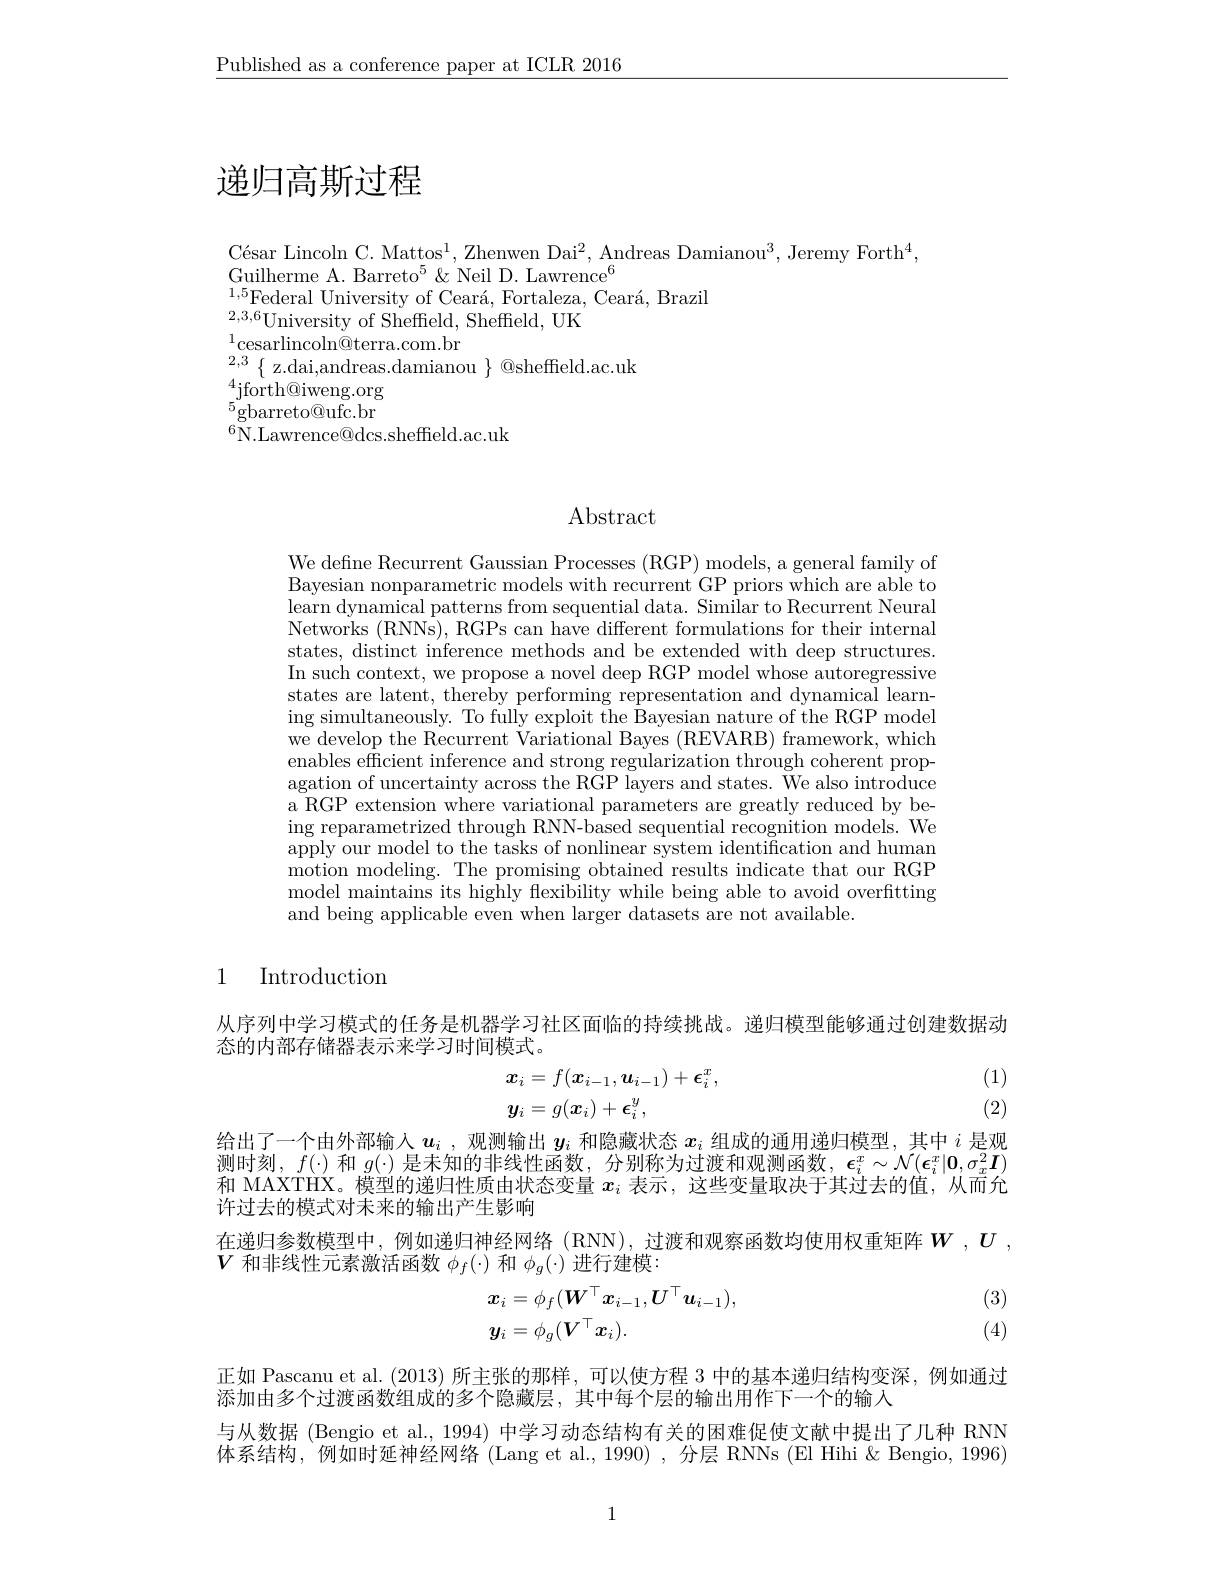
$\underline{\text{Published as a conference paper at ICLR 2016}}$

# 递归高斯过程

César Lincoln C. Mattos$^1$, Zhenwen Dai$^2$, Andreas Damianou$^3$,Jeremy Forth$^4$,
Guilherme A. Barreto$^5\&$ Neil D. Lawrence$^6$
$^{1,5}$Federal University of Ceará, Fortaleza, Ceará, Brazil
$\begin{array}{l}{{\mathrm{1~Cuci~an~Omversity~or~OCan~a,~r~or~on~on~on~on~on~on~on~on~on~on~ancza,}}}\\{{2,3,6}}\\{{\mathrm{University~of~Sheffield,~Sheffield,~UK}}}\\{{\mathrm{1.~r~an~}}}\end{array}$
$\begin{array}{l}{1\text{cesarlincoln@terra.com.br}}\\{2,3}&{\{\text{ z.dai,andreas.damianou}\}}&{\mathrm{@sheffield.ac.uk}}\\{4;\mathrm{fouth@iveas.damianou}}\end{array}$
$\operatorname*{lim}_{5}^{4}$jforth@iweng.org $^5$gbarreto@ufc.br $^{6}$N.Lawrence@dcs.sheffield.ac.uk

$\operatorname{Abstract}$

We define Recurrent Gaussian Processes (RGP) models, a general family of Bayesian nonparametric models with recurrent GP priors which are able to learn dynamical patterns from sequential data. Similar to Recurrent Neural Networks (RNNs), RGPs can have different formulations for their internal states, distinct inference methods and be extended with deep structures. In such context, we propose a novel deep RGP model whose autoregressive states are latent, thereby performing representation and dynamical learning simultaneously. To fully exploit the Bayesian nature of the RGP model we develop the Recurrent Variational Bayes (REVARB) framework, which enables efficient inference and strong regularization through coherent propagation of uncertainty across the RGP layers and states. We also introduce a RGP extension where variational parameters are greatly reduced by being reparametrized through RNN-based sequential recognition models. We apply our model to the tasks of nonlinear system identification and human motion modeling. The promising obtained results indicate that our RGP model maintains its highly flexibility while being able to avoid overfitting and being applicable even when larger datasets are not available.

1 Introduction

从序列中学习模式的任务是机器学习社区面临的持续挑战。递归模型能够通过创建数据动
态的内部存储器表示来学习时间模式。
$$\begin{aligned}&\boldsymbol{x}_{i}=f(\boldsymbol{x}_{i-1},\boldsymbol{u}_{i-1})+\boldsymbol{\epsilon}_{i}^{x},\\&\boldsymbol{y}_{i}=g(\boldsymbol{x}_{i})+\boldsymbol{\epsilon}_{i}^{y},\end{aligned}$$
(1) (2)

给出了一个由外部输入$u_i$ ,观测输出$y_i$和隐藏状态$x_i$组成的通用递归模型，其中$i$是观测时刻，$f(\cdot)$和$g(\cdot)$是未知的非线性函数，分别称为过渡和观测函数，$\epsilon_i^x\sim\mathcal{N}(\boldsymbol{\epsilon}_i^x|\boldsymbol{0},\sigma_x^2\boldsymbol{I})$ 和 MAXTHX。模型的说归性质由状态变量$x_i$表示. 这些变量取决干苴讨夫的值，从而允许过去的模式对未来的输出产生影响
在递归参数模型中，例如递归神经网络(RNN),过渡和观察函数均使用权重矩阵$W,U$,
$V$和非线性元素激活函数$\phi_f(\cdot)$和$\phi_g(\cdot)$进行建模：
$$\begin{aligned}&\boldsymbol{x}_{i}=\phi_{f}(\boldsymbol{W}^{\top}\boldsymbol{x}_{i-1},\boldsymbol{U}^{\top}\boldsymbol{u}_{i-1}),\\&\boldsymbol{y}_{i}=\phi_{g}(\boldsymbol{V}^{\top}\boldsymbol{x}_{i}).\end{aligned}$$
(3) (4)

正如 Pascanu et al. (2013) 所主张的那样，可以使方程 3 中的基本递归结构变深，例如通过
添加由多个过渡函数组成的多个隐藏层，其中每个层的输出用作下一个的输入
与从数据 (Bengio et al., 1994) 中学习动态结构有关的困难促使文献中提出了几种 RNN 体系结构，例如时延神经网络 (Lang et al.,1990),分层 RNNs (El Hihi & Bengio, 1996)

1